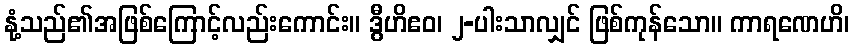
နုံ့သည်၏အဖြစ်ကြောင့်လည်းကောင်း။ ဒွီဟိဧဝ၊ ၂-ပါးသာလျှင် ဖြစ်ကုန်သော။ ကာရဏေဟိ၊